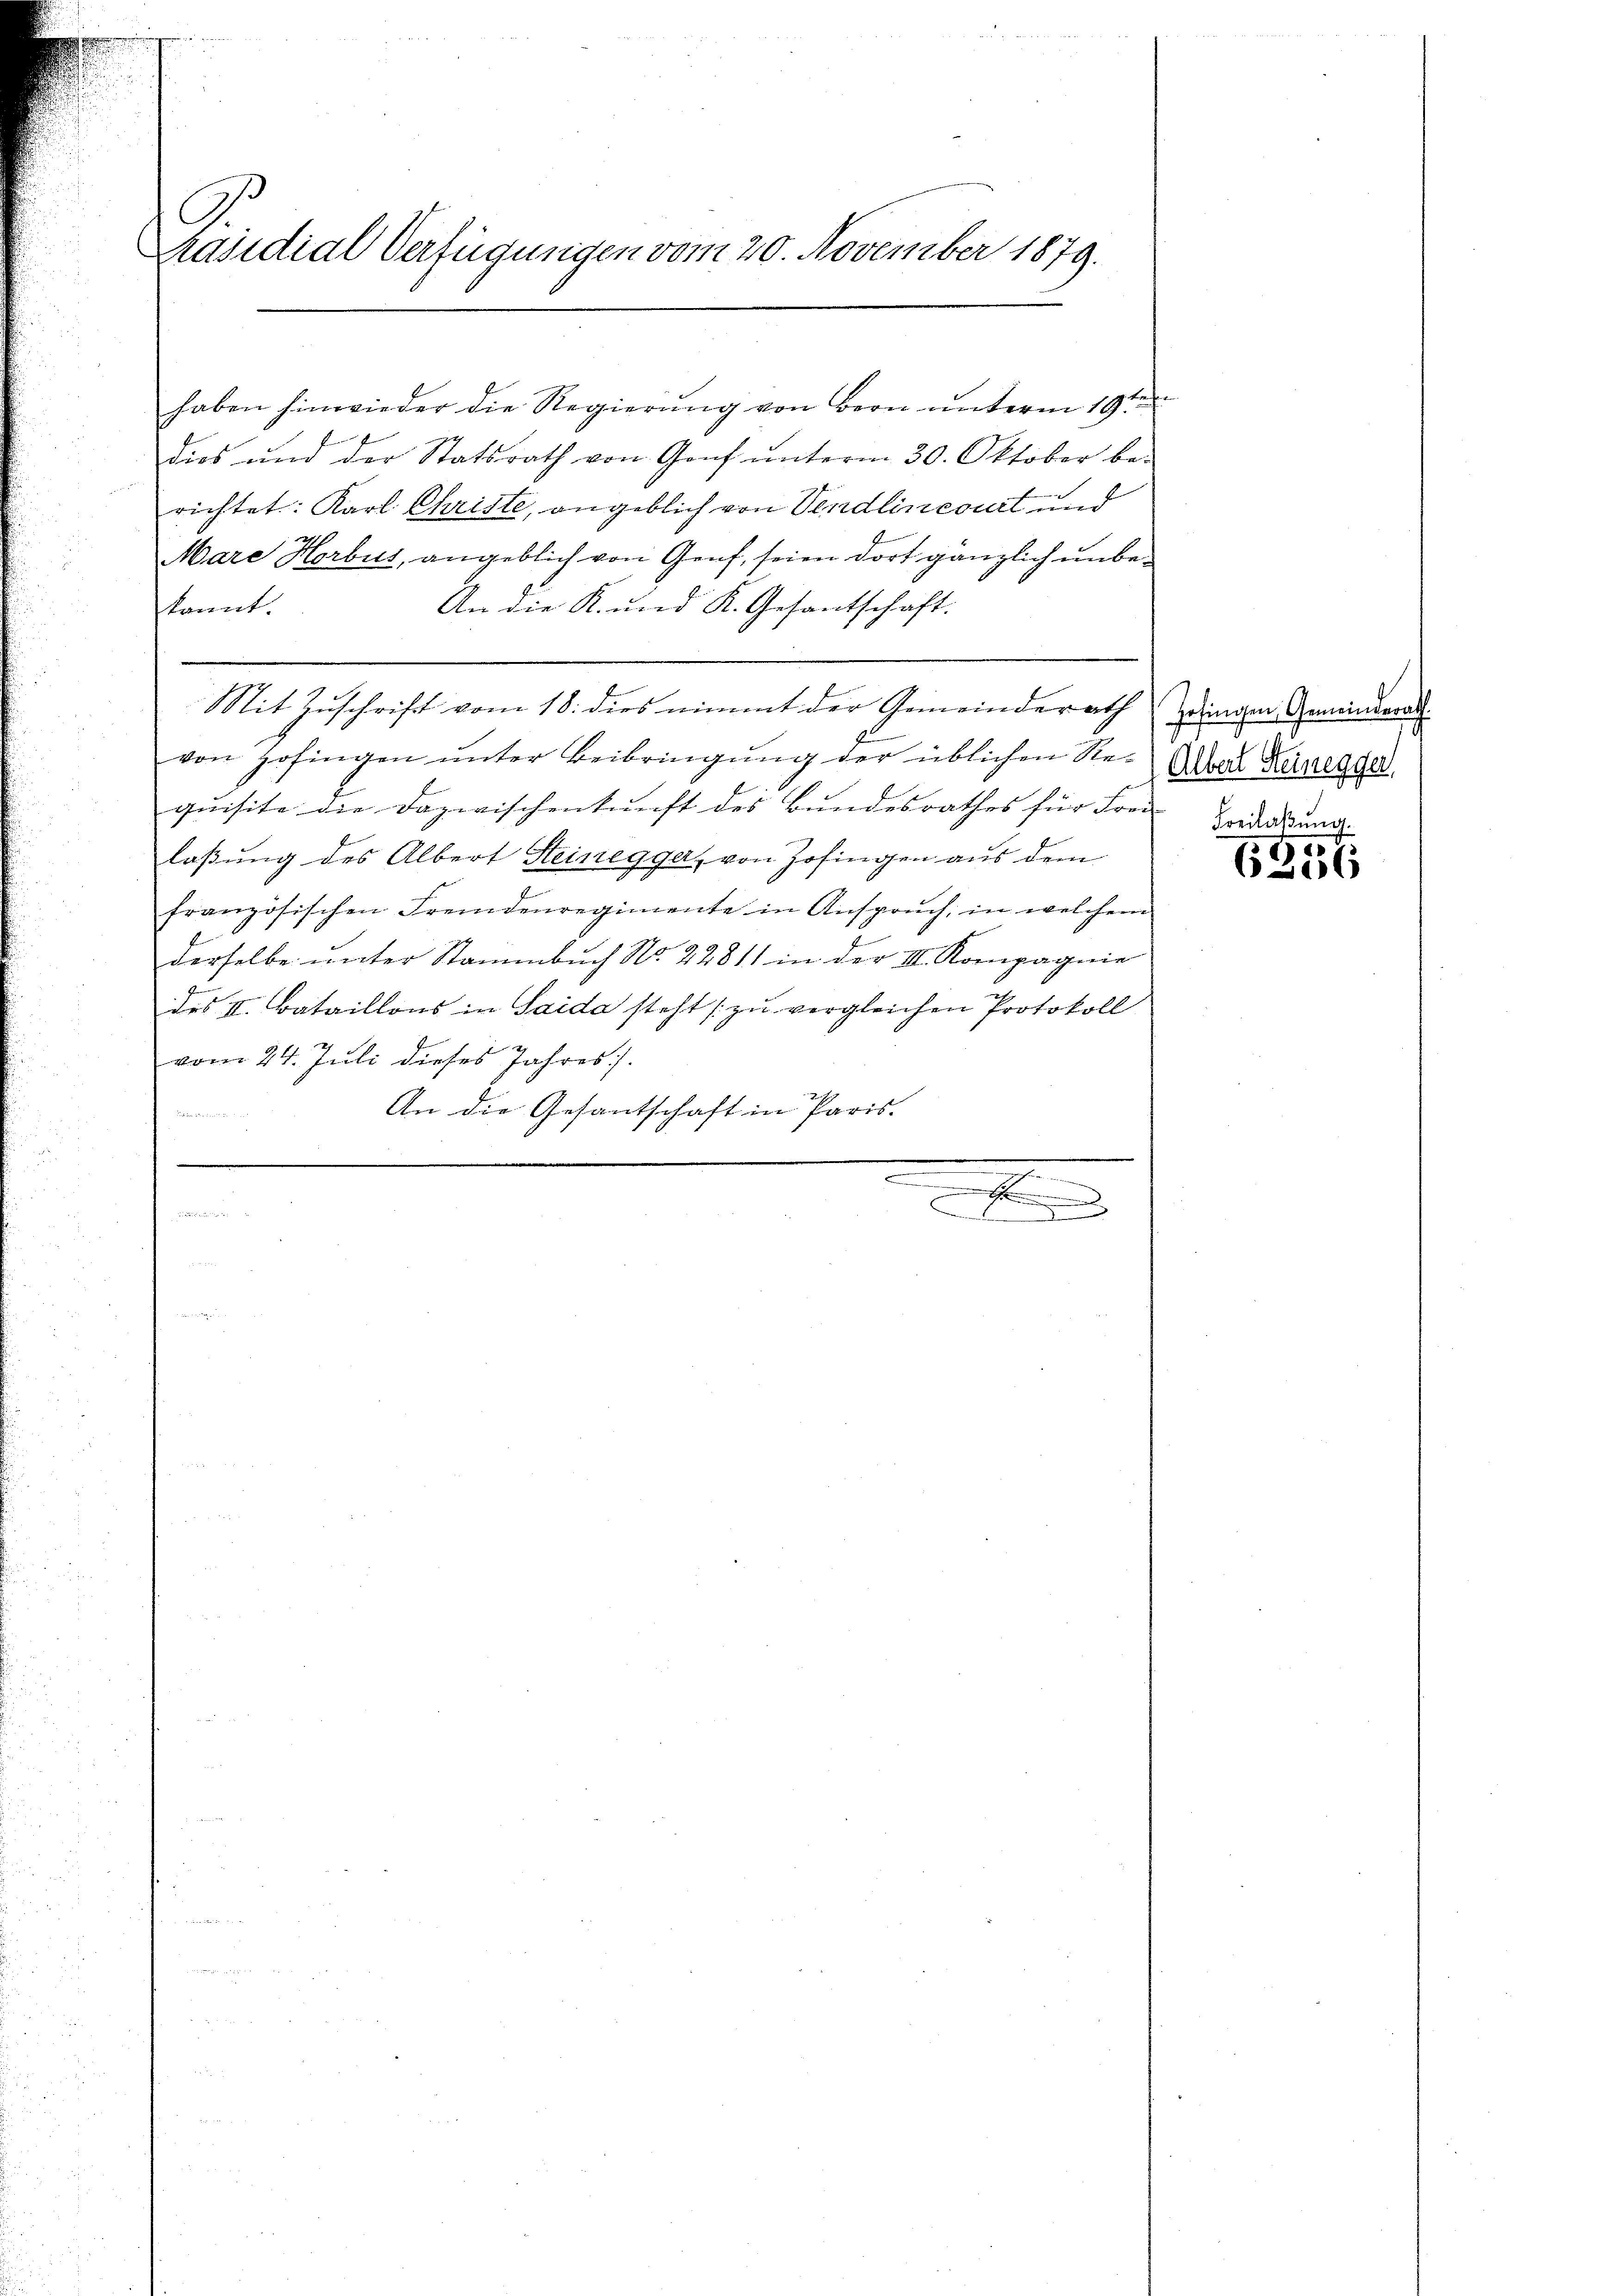
C.
Präsidial-Verfügungen vom 20. November 1879.

haben hinwieder die Regierung von Bern unterm 19ten
dies und der Statsrath von Genf ŭnterm 30. Oktober be-
richtet: Karl Christe, angeblich von Vendlincourt und
29
Mare Korbus, angeblich von Genf, seien dort gänzlich ŭnbe-
An die K. und K. Gesantschaft
kannt.
Mit Zuschrift vom 18. dies nimmt der Gemeinderath eingen Gemeinderat
von Hofingen unter Beibringung der üblichen Requisite die Dazwischenkunft des Bundesrathes für Frei-
laßung des Albert Steinegger, von Zofingen aus dem
französischen Fremdenregimente in Ansprŭch in welchem
derselbe unter Stammbuch No. 22811 in der III. Kompagnie
des II. Bataillons in Saida steht zŭ vergleichen Protokoll
vom 24. Juli dieses Jahres].
An die Gesantschaft in Paris.
e

.
r
e
u

Albert Steinegger
Freilaßung.

.
7
6206